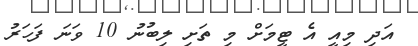
އަދި މިއީ އެ ޓީމަށް މި ތަށި ލިބުނު 10 ވަނަ ފަހަރު